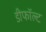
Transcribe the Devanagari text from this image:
डीफॉल्ट